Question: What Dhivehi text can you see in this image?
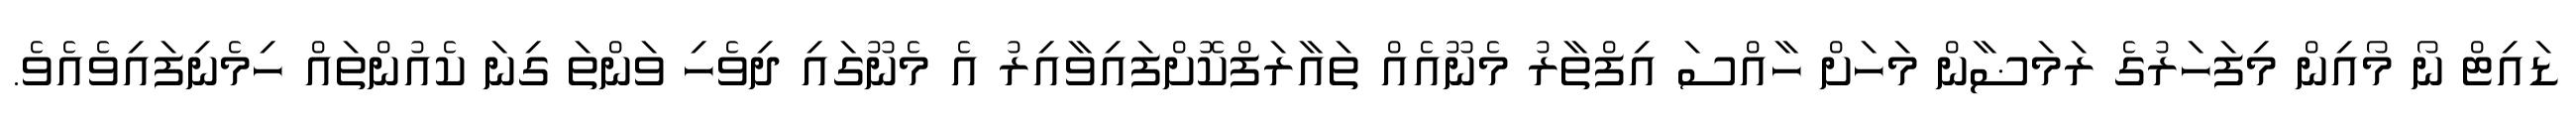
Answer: ޑައިޓް ނޯ މޯއިން މިފަހަރުގެ ރަމަޟާން މަހަށް ހާއްސަ އިފްތާރު މެނޫއެއް ތައާރަފްކޮށްފައިވާއިރު އެ މެނޫގައި ދިވެހި ވަންތަ ގިނަ ކެއުންތައް ހިމެނިފައިވެއެވެ.